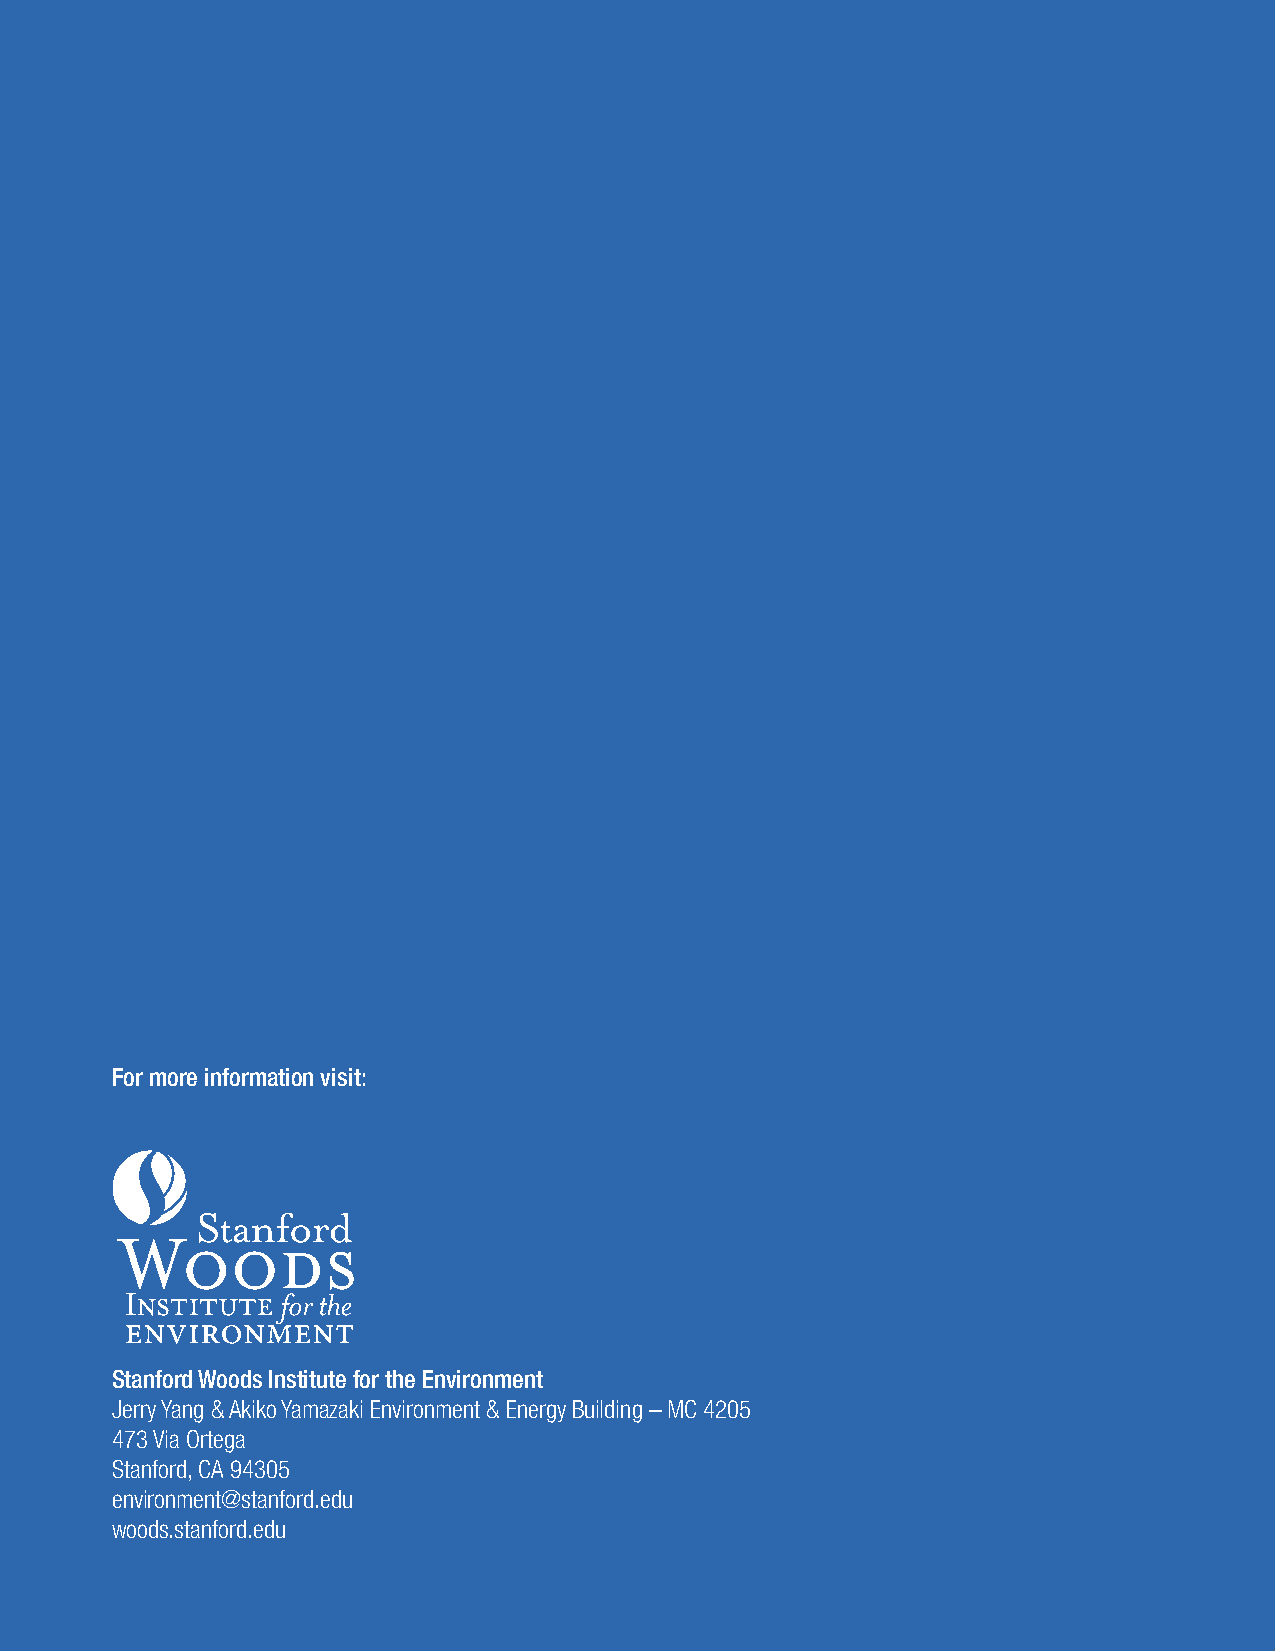
For more information visit:
 Stanford Woods Institute for the Environment
 Jerry Yang & Akiko Yamazaki Environment & Energy Building – MC 4205
 473 Via Ortega
 Stanford, CA 94305
 environment@stanford.edu
 woods.stanford.edu